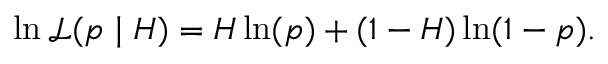
\ln { \mathcal { L } } ( p \mid H ) = H \ln ( p ) + ( 1 - H ) \ln ( 1 - p ) .